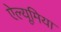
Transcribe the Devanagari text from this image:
ऐल्यूमिया